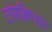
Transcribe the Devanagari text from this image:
टांसक्रिप्शन